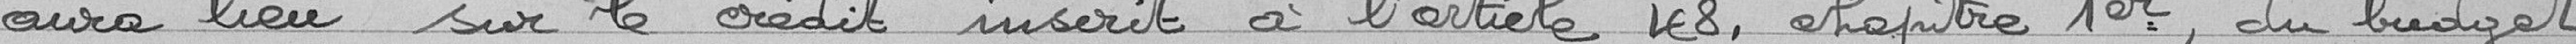
aura lieu sur le crédit inscrit à l'article 48, chapitre 1er, du budget